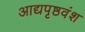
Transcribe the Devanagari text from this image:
आद्यपृष्ठवंश